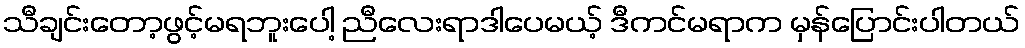
သီချင်းတော့ဖွင့်မရဘူးပေါ့ ညီလေးရာဒါပေမယ့် ဒီကင်မရာက မှန်ပြောင်းပါတယ်